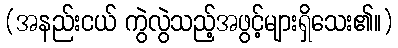
(အနည်းငယ် ကွဲလွဲသည့်အဖွင့်များရှိသေး၏။)